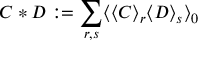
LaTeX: C * D : = \sum _ { r , s } \langle \langle C \rangle _ { r } \langle D \rangle _ { s } \rangle _ { 0 }